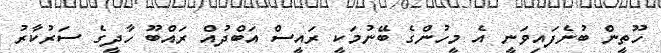
ހޫތީން ބުނެފައިވަނީ އެ މީހުންގެ ބޭނުމަކީ ރައީސް އަބްދުއް ރައްބޫ ހާދީގެ ސަރުކާރު